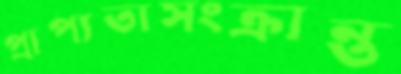
প্রাপ্যতাসংক্রান্ত